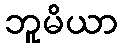
ဘူမိယာ